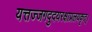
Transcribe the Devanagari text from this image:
यत्तज्जगदुदयरक्षाप्रलयकृत्।